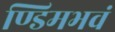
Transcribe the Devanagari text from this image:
ण्डिमभवं